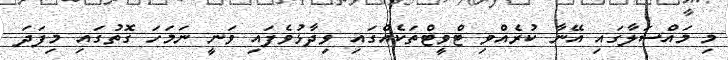
މި މައްސަލާގައި އޭނާ ކުރެއްވި ޓްވީޓްތަކެއްގައި ވިދާޅުވެފައި ވަނީ ނަމަހަ ގޮތުގައި މިފަދަ